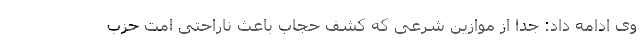
وی ادامه داد: جدا از موازین شرعی که کشف حجاب باعث ناراحتی امت حزب